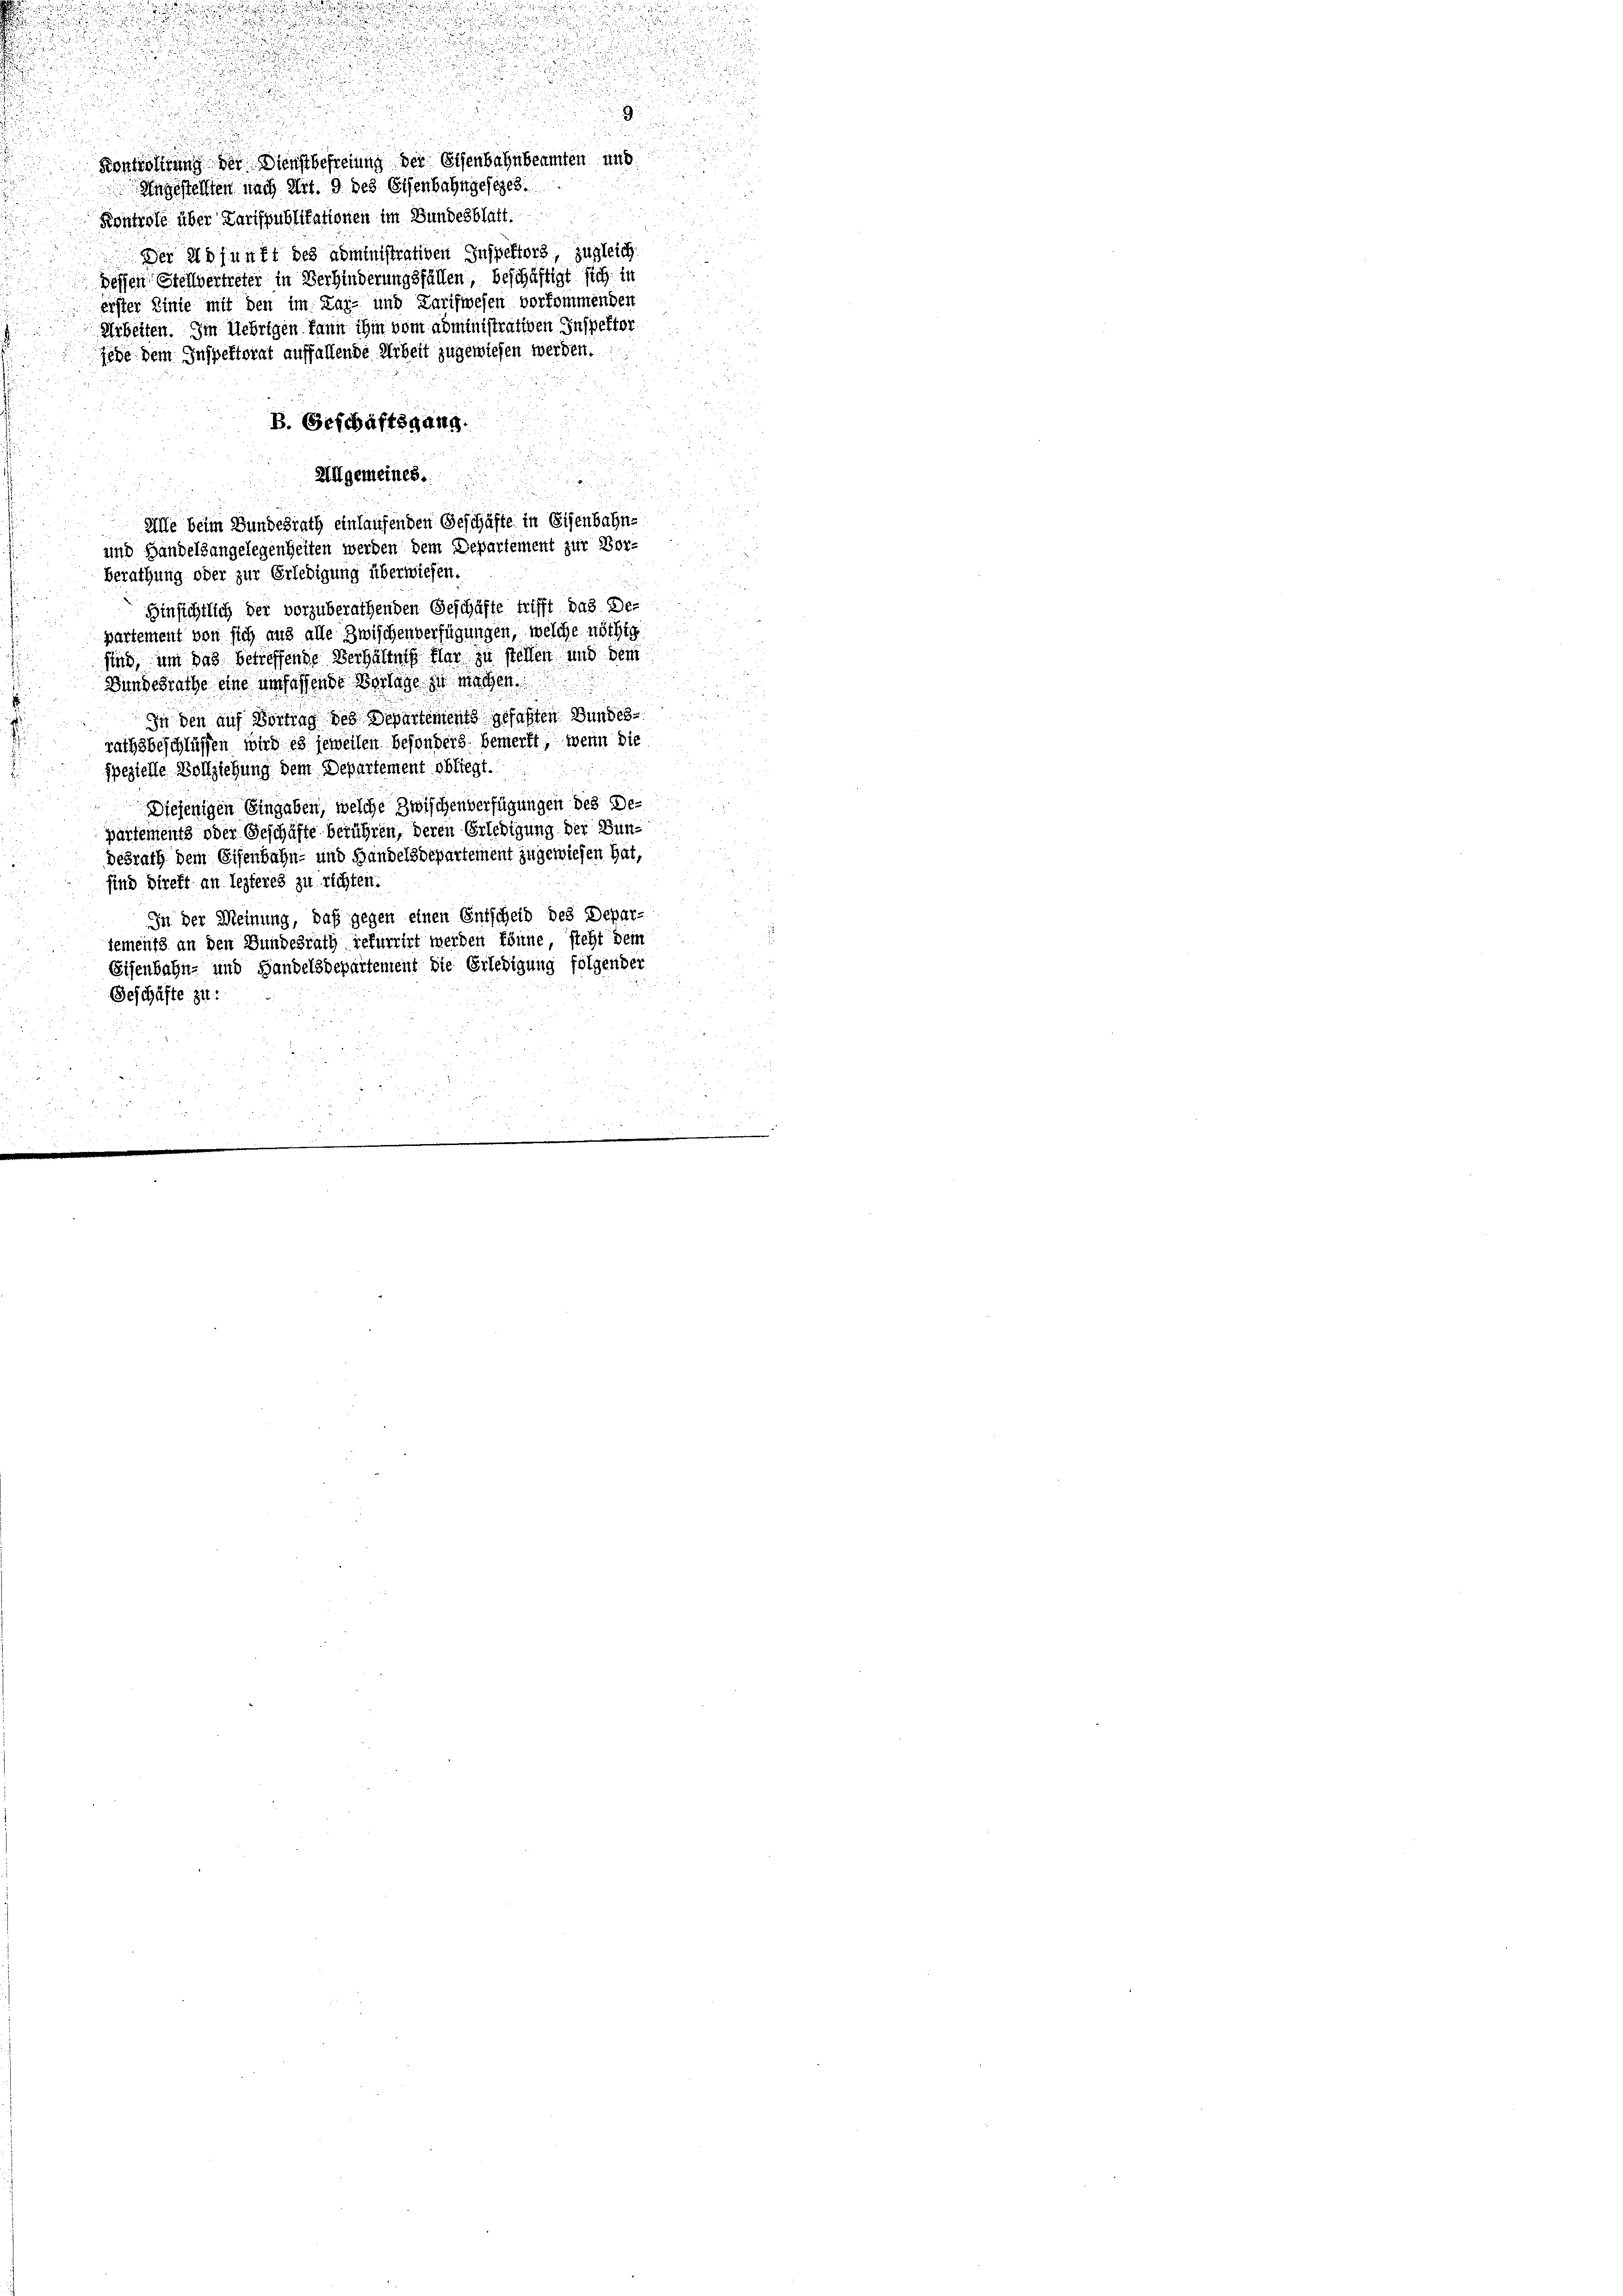
Kontrolirung der Dienstbefreiung der Eisenbahnbeamten und
Angestellten nach Art. 9 des Eisenbahngesezes
Kontrole über Karlspublikationen im Bundesblatt.
Der Adjunkt des noministrativen Inspektors, zugleich.
Dessen Stellvertreter in Verhinderungsfällen, beschäftigt sich in
erster Linie mit den im Lai- und Tarifwesen vorkommenden
Arbeiten. Im Uebrigen kann ihm vom administrativen Inspektor
jede dem Inspektorat auffallende Arbeit zugewiesen werden.
B. Geschäftsgang.
Allgemeines.
Alle beim Bundesrath einlaufenden Geschäfte in Eisenbahn-
und Handelsangelegenheiten werden dem Departement zur Vor-
Berathung oder zur Erledigung überwiesen.
Hinsichtlich der vorzuberathenden Geschäfte trifft das De-
partement von sich aus alle Zwischenverfügungen, welche nöthig
sind, um das betreffende Verhältnis klar zu stellen und dem
Bundesrathe eine umfassende Vorlage zu machen.

In den auf Vortrag des Departements gefaßten Bundesrathsbeschlüssen wird es jeweilen besonders bemerkt, wenn die
spezielle Vollziehung dem Departement obliegt.

Diejenigen Eingaben, welche Zwischenverfügungen des De-
partements oder Geschäfte berühren, deren Erledigung der Bundesrath dem Eisenbahn- und Handelsdepartement zugewiesen hat,
sind direkt an lezteres zu richten.
In der Meinung, daß gegen einen Entscheid des Depar-
jements an den Bundesrath refurrirt werden könne, steht dem
Eisenbahn- und Handelsdepartement die Erledigung folgender
Geschäfte zu:

)